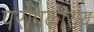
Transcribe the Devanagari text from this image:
परोपकाराय